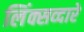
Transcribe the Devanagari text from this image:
लिंक्सव्दारे